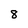
Character: 8